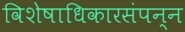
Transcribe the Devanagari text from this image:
विशेषाधिकारसंपन्न